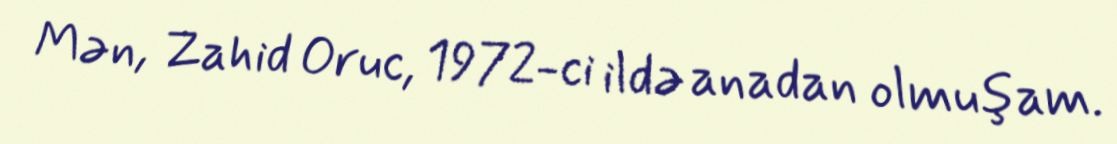
Mən, Zahid Oruc, 1972-ci ildə anadan olmuşam.